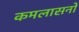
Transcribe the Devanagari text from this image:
कमलासनों